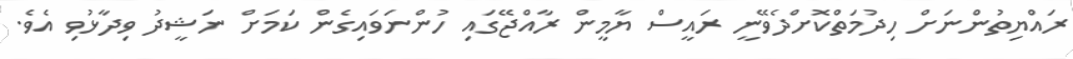
ރައްޔިތުންނަށް ހިދުމަތްކޮށްދެވޭނީ ރައީސް ޔާމީން ރާއްޖޭގައި ހުންނަވައިގެން ކަމަށް ނަޝީދު ވިދާޅުވި އެވެ.